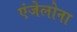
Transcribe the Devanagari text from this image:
एंजेलोना